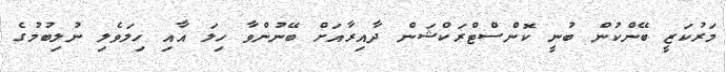
މަރުކަޒީ ބޭންކުން ބުނީ ކޮންސްޓްރަކްޝަން ދާއިރާއަށް ބޭނުންވާ ހިލަ އާއި ހިލަވެލި ނުލިބުމުގެ